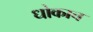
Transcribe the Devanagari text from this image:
धोकाच